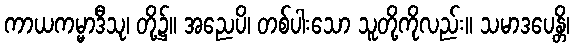
ကာယကမ္မာဒီသု၊ တို့၌။ အညေပိ၊ တစ်ပါးသော သူတို့ကိုလည်း။ သမာဒပေန္တိ၊